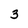
Character: 3